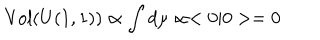
\mathrm { V o l } ( U ( 1 , 1 ) ) \propto \int d \mu \propto < 0 | 0 > = 0